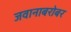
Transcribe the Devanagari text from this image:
जवानाबरोबर